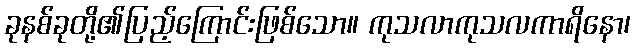
ခုနစ်ခုတို့၏ပြည့်ကြောင်းဖြစ်သော။ ကုသလာကုသလကာရိနော၊